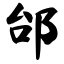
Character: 邰